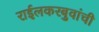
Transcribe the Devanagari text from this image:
राईलकरबुवांची